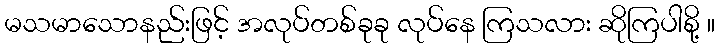
မသမာသောနည်းဖြင့် အလုပ်တစ်ခုခု လုပ်နေ ကြသလား ဆိုကြပါစို့ ။